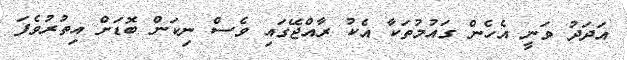
އަދަދު ވަނީ އެހެން ގައުމުތަކާ އެކު ރާއްޖޭގައި ވެސް ނިކަން ބޮޑަށް އިތުރުވެފަ